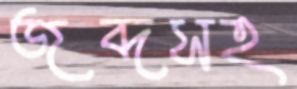
জব্দসহ